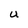
Character: U